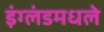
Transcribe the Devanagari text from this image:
इंग्लंडमधले